Enquiry on enteric fever in India - Number 32
Disease focus: Fever
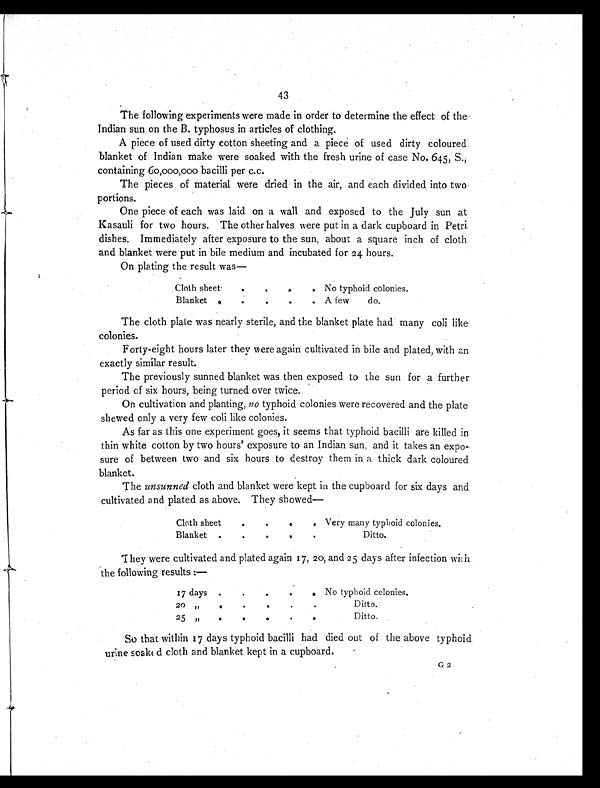
43
The following experiments were made in order to determine the effect of the
Indian sun on the B. typhosus in articles of clothing.
A piece of used dirty cotton sheeting and a piece of used dirty coloured
blanket of Indian make were soaked with the fresh urine of case No. 645, S.,
containing 60,000,000 bacilli per c.c.
The pieces of material were dried in the air, and each divided into two
portions.
One piece of each was laid on a wall and exposed to the July sun at
Kasauli for two hours. The other halves were put in a dark cupboard in Petri
dishes. Immediately after exposure to the sun, about a square inch of cloth
and blanket were put in bile medium and incubated for 24 hours.
On plating the result was
—
Cloth sheet
.
.
. . No typhoid colonies.
Blanket .
.
.
.
. A few do.
The cloth plate was nearly sterile, and the blanket plate had many coli like
colonies.
Forty-eight hours later they were again cultivated in bile and plated, with an
exactly similar result.
The previously sunned blanket was then exposed to the sun for a further
period of six hours, being turned over twice.
On cultivation and planting, no typhoid colonies were recovered and the plate
shewed only a very few coli like colonies.
As far as this one experiment goes, it seems that typhoid bacilli are killed in
thin white cotton by two hours' exposure to an Indian sun, and it takes an expo-
sure of between two and six hours to destroy them in a thick dark coloured
blanket.
The unsunned cloth and blanket were kept in the cupboard for six days and
cultivated and plated as above. They showed—
Cloth sheet
.
.
.
. Very many typhoid colonies.
Blanket .
.
.
.
.
Ditto.
They were cultivated and plated again 17, 20, and 25 days after infection with
the following results :—
17 days .
. .
.
. No typhoid colonies.
20 ,,
.
. .
.
.
Ditto.
25 „
.
.
.
. .
D i t t o .
So that within 17 days typhoid bacilli had died out of the above typhoid
urine soaked cloth and blanket kept in a cupboard.
G 2